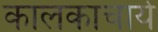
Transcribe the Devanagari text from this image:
कालकाचार्य